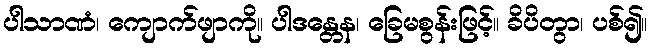
ပါသာဏံ၊ ကျောက်ဖျာကို။ ပါဒန္တေန၊ ခြေမစွန်းဖြင့်။ ခိပိတွာ၊ ပစ်၍။